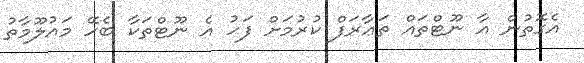
އެގޮތުން އާ ނޫޓްތައް ތަޢާރަފް ކުރުމަށް ފަހު އެ ނޫޓްތަކާ ބެހޭ މައުލޫމާތު